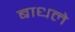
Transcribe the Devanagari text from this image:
बाधले